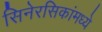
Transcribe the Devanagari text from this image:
सिनेरसिकांमध्ये